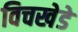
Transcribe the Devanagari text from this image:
विचखेडे